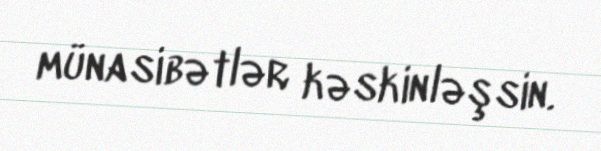
münasibətlər kəskinləşsin.